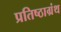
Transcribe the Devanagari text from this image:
प्रतिष्ठाग्रंथ